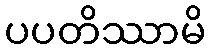
ပပတိဿာမိ